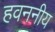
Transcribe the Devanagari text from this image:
हवननीय